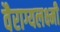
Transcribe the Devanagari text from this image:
वैराग्यलक्ष्मी